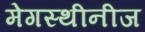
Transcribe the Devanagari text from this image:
मेगस्थीनीज